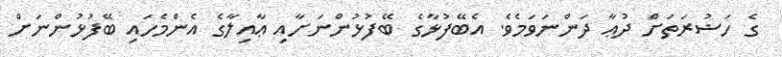
ގެ ހަޟުރަތަށް ދުޢާ ދަންނަވަމެވެ. އެބޭފުޅާގެ ބޭފުޅުންނަށާއި ޢާއިލާގެ އެންމެހައި ބޭފުޅުންނަށް